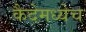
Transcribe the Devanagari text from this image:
कैदेमध्येच